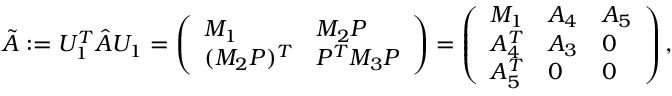
\begin{array} { r } { \tilde { A } : = U _ { 1 } ^ { T } \hat { A } U _ { 1 } = \left( \begin{array} { l l } { M _ { 1 } } & { M _ { 2 } P } \\ { ( M _ { 2 } P ) ^ { T } } & { P ^ { T } M _ { 3 } P } \end{array} \right) = \left( \begin{array} { l l l } { M _ { 1 } } & { A _ { 4 } } & { A _ { 5 } } \\ { A _ { 4 } ^ { T } } & { A _ { 3 } } & { 0 } \\ { A _ { 5 } ^ { T } } & { 0 } & { 0 } \end{array} \right) , } \end{array}